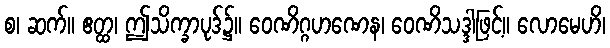
စ၊ ဆက်။ ဧတ္ထ၊ ဤသိက္ခာပုဒ်၌။ ဝေဏိဂ္ဂဟဏေန၊ ဝေဏိသဒ္ဒါဖြင့်။ လောမေဟိ၊